Report of the Imperial Institute of Veterinary Research, Muktesar
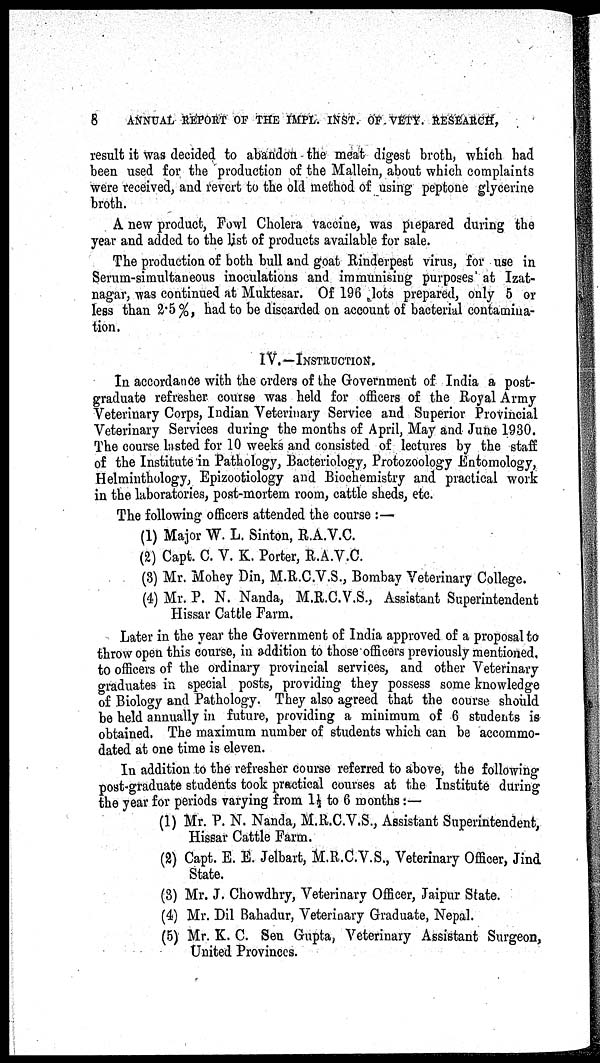
8
ANNUAL REPORT OF THE IMPL. INST. OF. VETY. RESEARCH,
result it was decided to abandon the meat digest broth, which had
been used for the production of the Mallein, about which complaints
were received, and revert to the old method of using peptone glycerine
broth.
A new product, Fowl Cholera vaccine, was prepared during the
year and added to the list of products available for sale.
The production of both bull and goat Rinderpest virus, for use in
Serum-simultaneous inoculations and immunising purposes at Izat¬
nagar, was continued at Muktesar. Of 196 lots prepared, only 5 or
less than 2.5%, had to be discarded on account of bacterial contamina-
tion.
IV.—INSTRUCTION.
In accordance with the orders of the Government of India a post-
graduate refresher course was held for officers of the Royal Army
Veterinary Corps, Indian Veterinary Service and Superior Provincial
Veterinary Services during the months of April, May and June 1930.
The course lasted for 10 weeks and consisted of lectures by the staff
of the Institute in Pathology, Bacteriology, Protozoology Entomology,
Helminthology, Epizootiology and Biochemistry and practical work
in the laboratories, post-mortem room, cattle sheds, etc.
The following officers attended the course :—
(1) Major W. L. Sinton, R.A.V.C.
(2) Capt. C. V. K. Porter, R.A.V.C.
(3) Mr. Mohey Din, M.R.C.V.S., Bombay Veterinary College.
(4) Mr. P. N. Nanda, M.R.C.V.S., Assistant Superintendent
Hissar Cattle Farm.
Later in the year the Government of India approved of a proposal to
throw open this course, in addition to those officers previously mentioned,
to officers of the ordinary provincial services, and other Veterinary
graduates in special posts, providing they possess some knowledge
of Biology and Pathology. They also agreed that the course should
be held annually in future, providing a minimum of 6 students is
obtained. The maximum number of students which can be accommo-
dated at one time is eleven.
In addition to the refresher course referred to above, the following
post-graduate students took practical courses at the Institute during
the year for periods varying from 1½ to 6 months:—
(1) Mr. P. N. Nanda, M.R.C.V.S., Assistant Superintendent,
Hissar Cattle Farm.
(2) Capt. E. E. Jelbart, M.R.C.V.S., Veterinary Officer, Jind
State.
(3) Mr. J. Chowdhry, Veterinary Officer, Jaipur State.
(4) Mr. Dil Bahadur, Veterinary Graduate, Nepal.
(5) Mr. K. C. Sen Gupta, Veterinary Assistant Surgeon,
United Provinces.